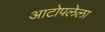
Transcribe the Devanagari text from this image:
आटोपलेला